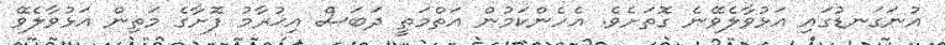
އުނަގަނޑުގައި އަޅުވާލެވޭނެ ގޮތަށެވެ. އެހެންކަމުން އަތްމަތީ ދަބަސް އިޙުރާމު ފޮށާގެ މަތިން އަޅުވާލެވޭ